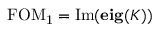
\mathrm { F O M _ { 1 } } = \mathrm { I m } ( \mathbf { e i g } ( K ) )